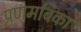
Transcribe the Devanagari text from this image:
प्रणमबिका